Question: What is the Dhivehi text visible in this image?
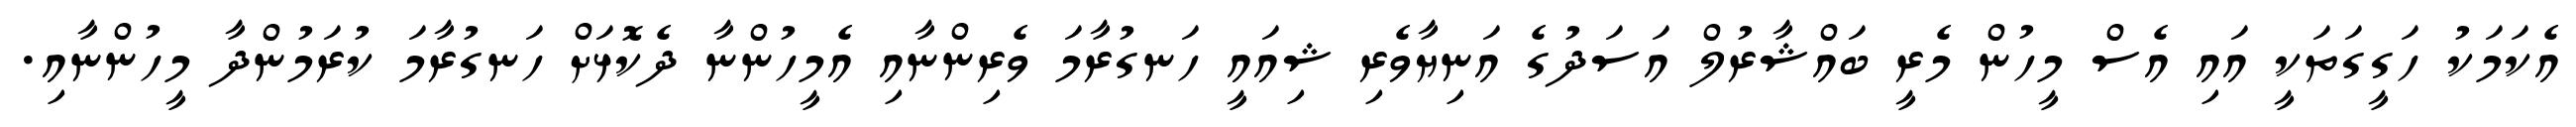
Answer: އެކަމަކު ހަގީގަތަކީ އައި އެސް މީހުން މެރީ ބައްޝާރުލް އަސަދުގެ އަނިޔާވެރި ޝިއައީ ހަނގުރާމަ ވެރިންނާއި އެމީހުންނާ ދެކޮޅަށް ހަނގުރާމަ ކުރަމުންދާ މީހުންނާއި.